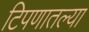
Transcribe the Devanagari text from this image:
टिपणातल्या